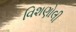
વિશણોલી